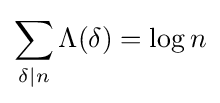
\sum _{\delta \mid n}\Lambda (\delta )=\log n